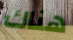
هناك